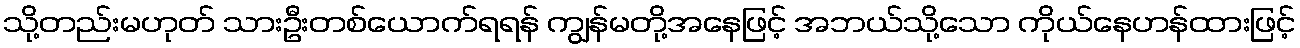
သို့တည်းမဟုတ် သားဦးတစ်ယောက်ရရန် ကျွန်မတို့အနေဖြင့် အဘယ်သို့သော ကိုယ်နေဟန်ထားဖြင့်